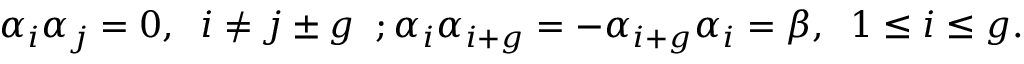
\alpha _ { i } \alpha _ { j } = 0 , \; \; i \neq j \pm g \; \; ; \alpha _ { i } \alpha _ { i + g } = - \alpha _ { i + g } \alpha _ { i } = \beta , \; \; 1 \leq i \leq g .